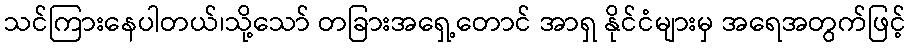
သင်ကြားနေပါတယ်၊သို့သော် တခြားအရှေ့တောင် အာရှ နိုင်ငံများမှ အရေအတွက်ဖြင့်